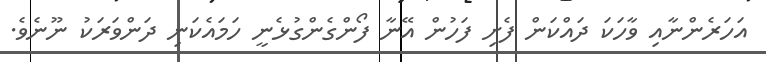
އަހަރެންނާއި ވާހަކަ ދައްކަން ފެށި ފަހުން އޭނާ ފޯންގެންގުޅެނީ ހަމައެކަނި ދަންވަރަކު ނޫނެވެ.